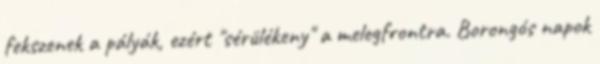
fekszenek a pályák, ezért "sérülékeny" a melegfrontra. Borongós napok